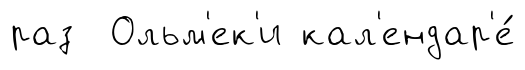
раз Ольм'ек'и кал'ендар'е́